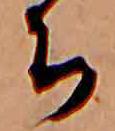
ち